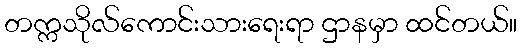
တက္ကသိုလ်ကောင်းသားရေးရာ ဌာနမှာ ထင်တယ်။